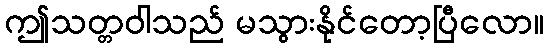
ဤသတ္တဝါသည် မသွားနိုင်တော့ပြီလော။